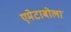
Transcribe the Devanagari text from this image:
एमेटाबोला